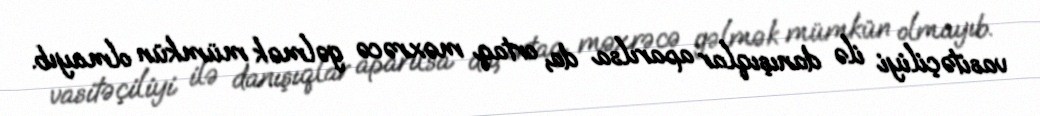
vasitəçiliyi ilə danışıqlar aparılsa da, ortaq məxrəcə gəlmək mümkün olmayıb.